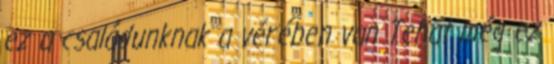
ez a családunknak a vérében van Tehát még ez